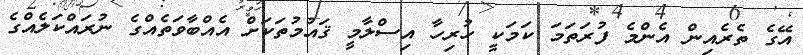
އޭގެ ތެރެއިން އެންމެ ފުރަތަމަ ކަމަކީ ހުރިހާ އިސްލާމީ ޤައުމުތަކަށް އެއްބާވަތެއްގެ ނުރައްކަލެއްގެ